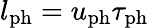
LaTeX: l_{\mathrm{ph}}=u_{\mathrm{ph}}\tau_{\mathrm{ph}}